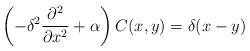
LaTeX: \begin{align*} \left( -\delta^2\frac{\partial^2}{\partial x^2} + \alpha \right) C(x,y) = \delta(x-y) \end{align*}